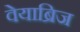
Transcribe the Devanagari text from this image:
वेयाब्रिज